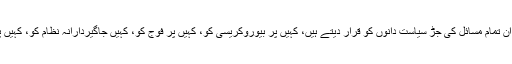
کہیں پر لوگ اِن تمام مسائل کی جڑ سیاست دانوں کو قرار دیتے ہیں، کہیں پر بیوروکریسی کو، کہیں پر فوج کو، کہیں جاگیردارانہ نظام کو، کہیں پر امریکہ کو۔